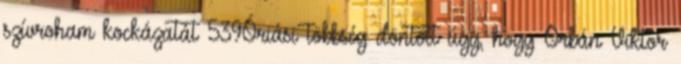
szívroham kockázatát 539Óriási többség döntött úgy, hogy Orbán Viktor